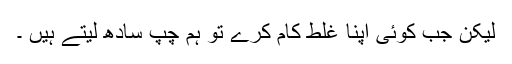
لیکن جب کوئی اپنا غلط کام کرے تو ہم چپ سادھ لیتے ہیں ۔